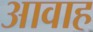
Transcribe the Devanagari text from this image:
आवाह